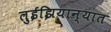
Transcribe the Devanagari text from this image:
लुईझियान्यात